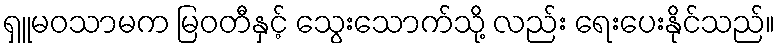
ရှူမဝသာမက မြဝတီနှင့် သွေးသောက်သို့ လည်း ရေးပေးနိုင်သည်။